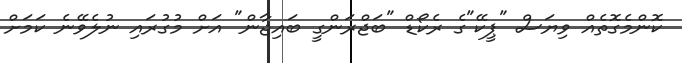
ކޮންމެގޮތެއް ވިޔަސް "ޕީކޭ"ގެ ރެކޯޑް "ބަޖްރަންގީ ބައިޖާން" އަށް މުގުރައި ނުލެވޭނެ ކަމަށް